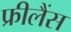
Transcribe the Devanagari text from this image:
फ्रीलैंस